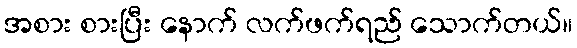
အစား စားပြီး နောက် လက်ဖက်ရည် သောက်တယ်။